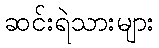
ဆင်းရဲသားများ